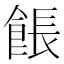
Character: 餦